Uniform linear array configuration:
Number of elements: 24
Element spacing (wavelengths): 0.5
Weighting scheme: cosine
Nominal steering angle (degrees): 60
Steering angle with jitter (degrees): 60.986
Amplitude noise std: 0.05
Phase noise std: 0.05

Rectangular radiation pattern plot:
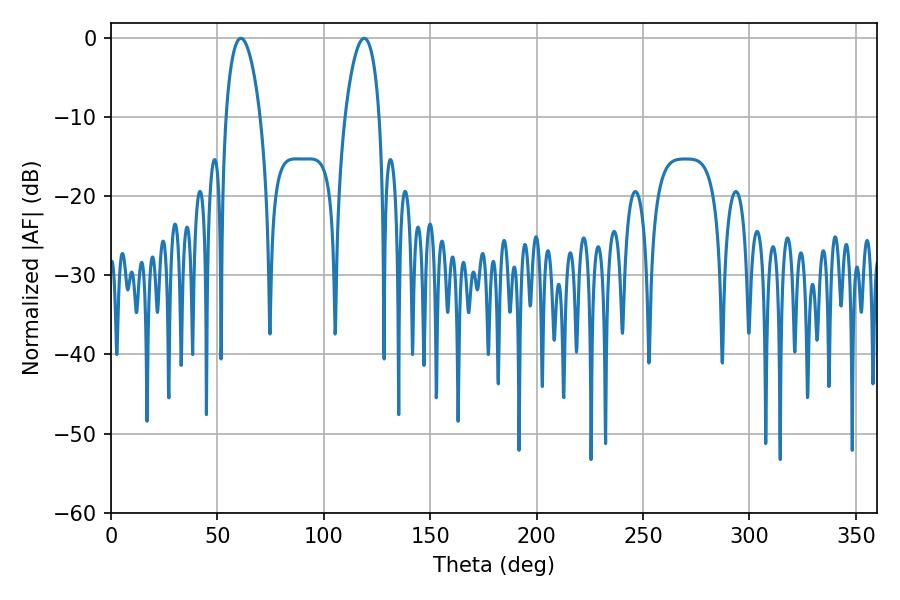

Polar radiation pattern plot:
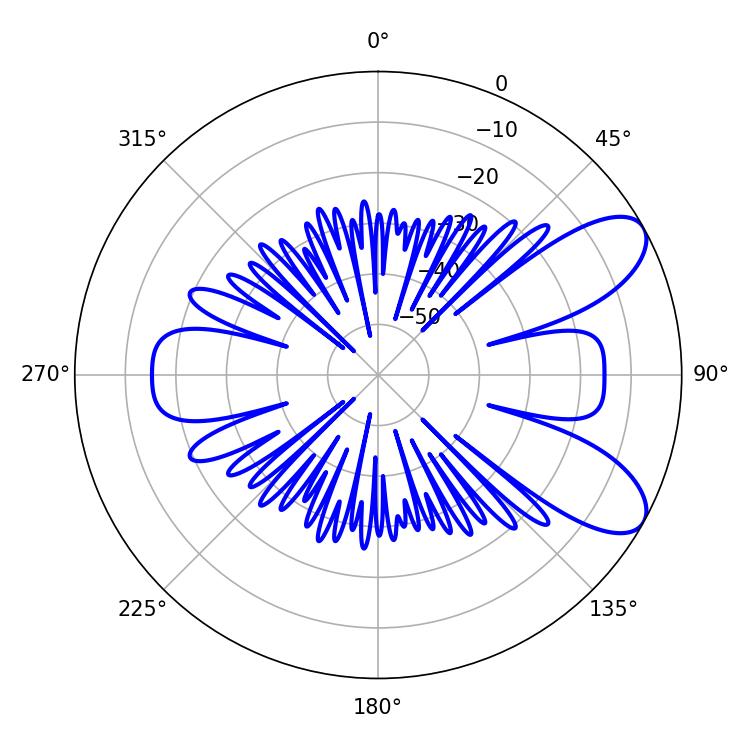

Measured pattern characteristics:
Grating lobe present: FALSE
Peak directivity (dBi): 8.314
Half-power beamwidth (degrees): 9
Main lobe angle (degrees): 61.02